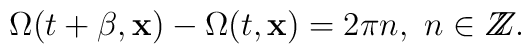
\Omega(t+\beta,{\bf x})-\Omega(t,{\bf x})=2\pi n,\\ \ n\in Z\!\!\! Z.